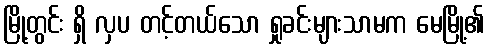
မြို့တွင်း ရှိ လှပ တင့်တယ်သော ရှုခင်းများသာမက မေမြို့၏